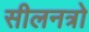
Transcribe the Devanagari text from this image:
सीलनत्रो